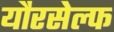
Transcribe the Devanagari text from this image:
यौरसेल्फ